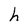
Character: h